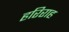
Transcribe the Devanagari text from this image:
हरिराह